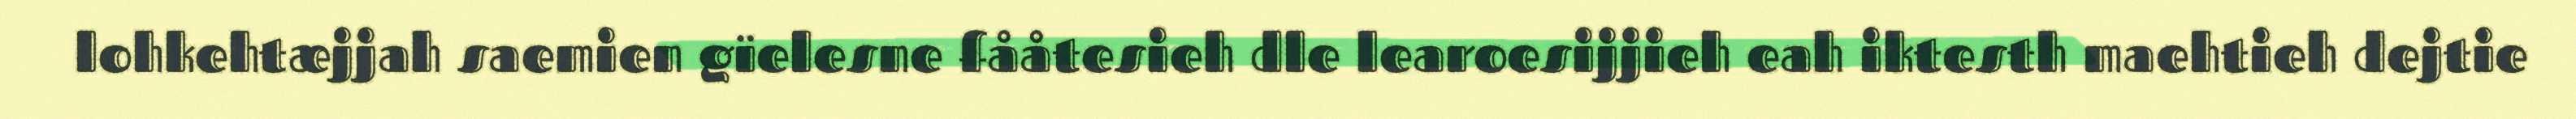
lohkehtæjjah saemien gïelesne fååtesieh dle learoesijjieh eah iktesth maehtieh dejtie